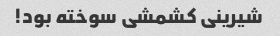
شیرینی کشمشی سوخته بود!